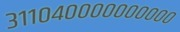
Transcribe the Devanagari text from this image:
३११०४००००००००००